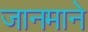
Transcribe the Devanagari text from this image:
जानमाने